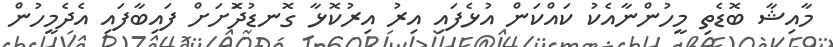
މާއިޝާ ބޮޑެތި މީހުންނާއެކު ކައްކަން އުޅެފައި އިރު އިރުކޮޅާ ގޮނޑުދޮަށަށް ފައިބާފައި އެދެމީހުން